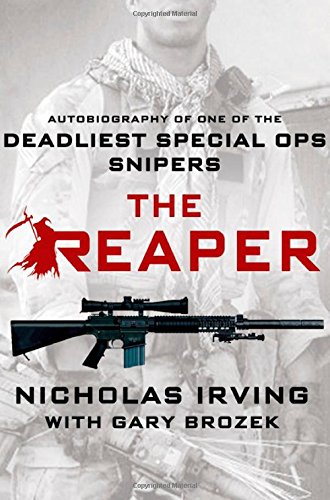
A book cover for The Reaper: Autobiography of One of the Deadliest Special Ops Snipers; Nicholas Irving; Biographies & Memoirs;